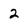
Character: 2